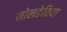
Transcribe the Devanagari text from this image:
नोलडेविया